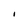
Character: I